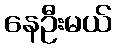
နေဦးမယ်